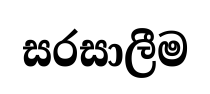
සරසාලීම